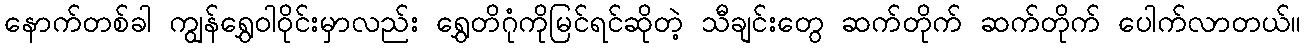
နောက်တစ်ခါ ကျွန်ရွှေဝါဝိုင်းမှာလည်း ရွှေတိဂုံကိုမြင်ရင်ဆိုတဲ့ သီချင်းတွေ ဆက်တိုက် ဆက်တိုက် ပေါက်လာတယ်။